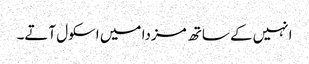
انہیں کے ساتھ مزدا میں اسکول آتے۔